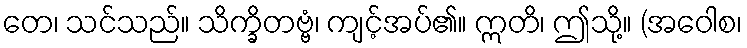
တေ၊ သင်သည်။ သိက္ခိတဗ္ဗံ၊ ကျင့်အပ်၏။ ဣတိ၊ ဤသို့။ (အဝေါစ၊